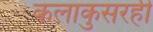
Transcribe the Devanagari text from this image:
कलाकुसरही